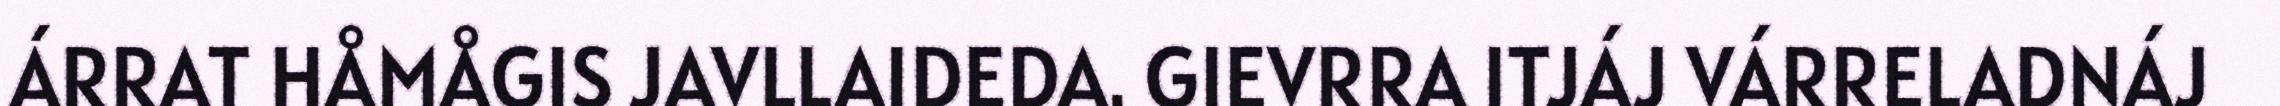
ÁRRAT HÅMÅGIS JAVLLAIDEDA. GIEVRRA ITJÁJ VÁRRELADNÁJ